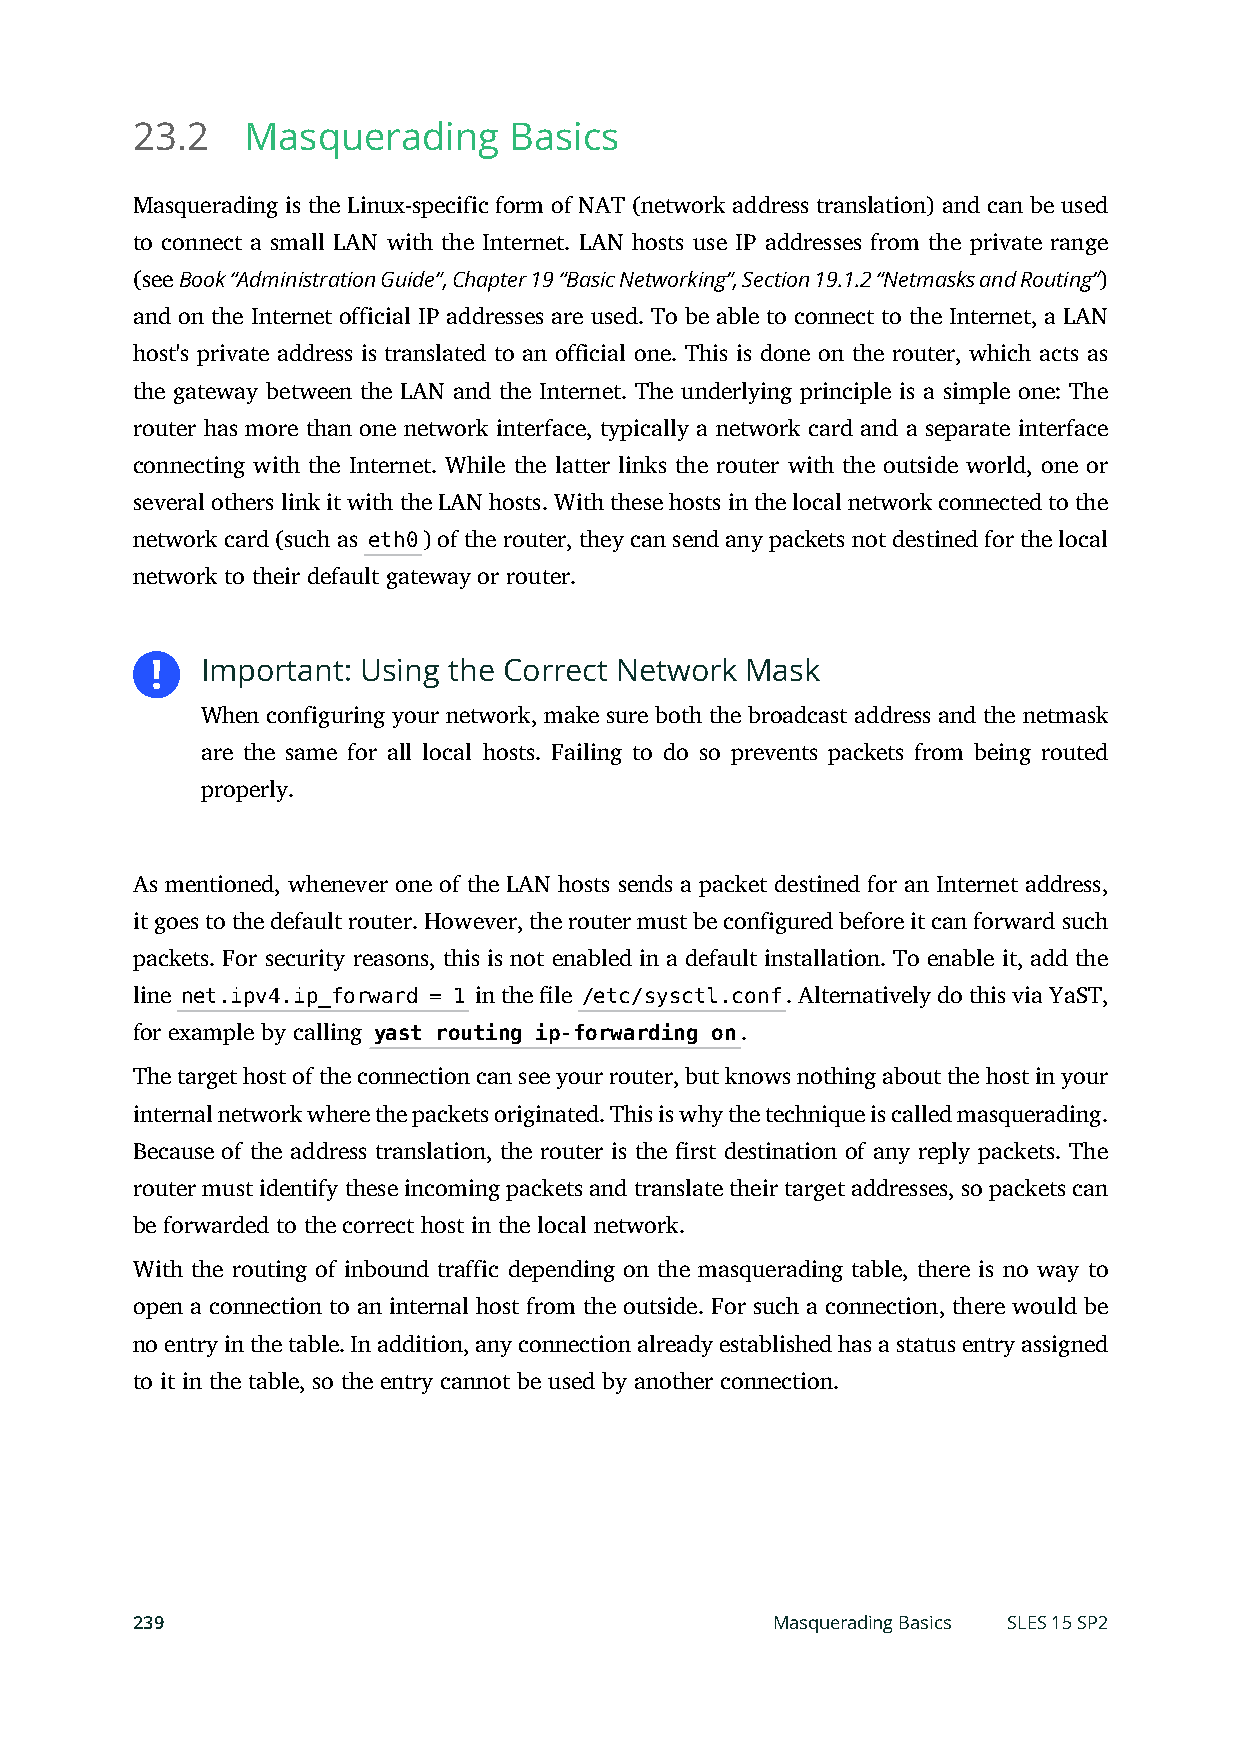
23.2   Masquerading      Basics
 Masquerading is the Linux-specific form of NAT (network address translation) and can be used
 to connect a small LAN with the Internet. LAN hosts use IP addresses from the private range
 (see Book “Administration Guide”, Chapter 19 “Basic Networking”, Section 19.1.2 “Netmasks and Routing”)
 and on the Internet official IP addresses are used. To be able to connect to the Internet, a LAN
 host's private address is translated to an official one. This is done on the router, which acts as
 the gateway between the LAN and the Internet. The underlying principle is a simple one: The
 router has more than one network interface, typically a network card and a separate interface
 connecting with the Internet. While the latter links the router with the outside world, one or
 several others link it with the LAN hosts. With these hosts in the local network connected to the
 network card (such as eth0) of the router, they can send any packets not destined for the local
 network to their default gateway or router.
 Important: Using the Correct Network Mask
 When configuring your network, make sure both the broadcast address and the netmask
 are the same for all local hosts. Failing to do so prevents packets from being routed
 properly.
 As mentioned, whenever one of the LAN hosts sends a packet destined for an Internet address,
 it goes to the default router. However, the router must be configured before it can forward such
 packets. For security reasons, this is not enabled in a default installation. To enable it, add the
 line net.ipv4.ip_forward = 1 in the le /etc/sysctl.conf. Alternatively do this via YaST,
 for example by calling yast routing ip-forwarding on.
 The target host of the connection can see your router, but knows nothing about the host in your
 internal network where the packets originated. This is why the technique is called masquerading.
 Because of the address translation, the router is the rst destination of any reply packets. The
 router must identify these incoming packets and translate their target addresses, so packets can
 be forwarded to the correct host in the local network.
 With the routing of inbound traffic depending on the masquerading table, there is no way to
 open a connection to an internal host from the outside. For such a connection, there would be
 no entry in the table. In addition, any connection already established has a status entry assigned
 to it in the table, so the entry cannot be used by another connection.
 239                                       Masquerading Basics SLES 15 SP2